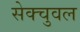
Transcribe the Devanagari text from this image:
सेक्चुवल